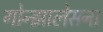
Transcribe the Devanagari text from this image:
गोन्झालेसना